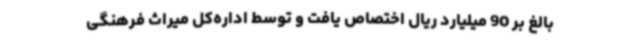
بالغ بر 90 میلیارد ریال اختصاص یافت و توسط اداره‌کل میراث فرهنگی